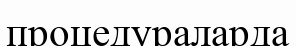
процедураларда